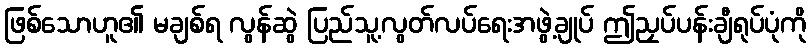
ဖြစ်သောဟူ၏ မချစ်ရ လွန်ဆွဲ ပြည်သူ့လွတ်လပ်ရေးအဖွဲ့ချုပ် ဤညှပ်ပန်းချီရုပ်ပုံကို